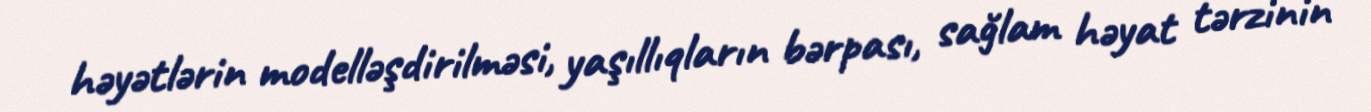
həyətlərin modelləşdirilməsi, yaşıllıqların bərpası, sağlam həyat tərzinin